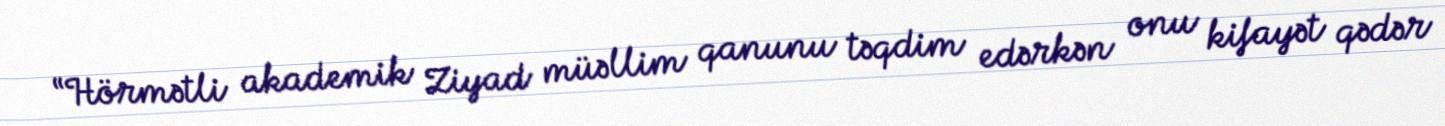
“Hörmətli akademik Ziyad müəllim qanunu təqdim edərkən onu kifayət qədər